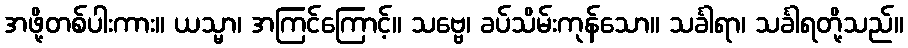
အဖို့တစ်ပါးကား။ ယသ္မာ၊ အကြင်ကြောင့်။ သဗ္ဗေ၊ ခပ်သိမ်းကုန်သော။ သင်္ခါရာ၊ သင်္ခါရတို့သည်။